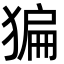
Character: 猵